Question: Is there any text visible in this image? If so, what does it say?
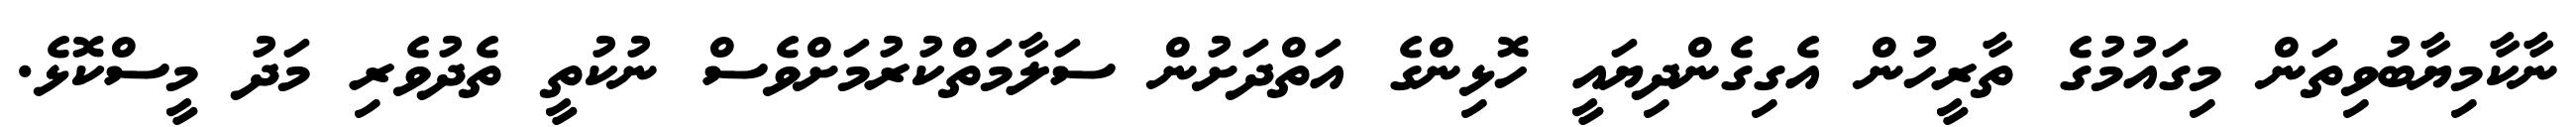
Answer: ނާކާމިޔާބުވިތަން މިގައުމުގެ ތާރީހުން އެގިގެންދިޔައީ ހޮޅިންގެ އަތްދަށުން ސަލާމަތްކުރުމަށްވެސް ނުކުތީ ތެދުވެރި މަދު މީސްކޮޅެ.